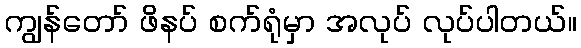
ကျွန်တော် ဖိနပ် စက်ရုံမှာ အလုပ် လုပ်ပါတယ်။